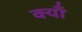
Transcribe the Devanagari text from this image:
क्याँ